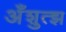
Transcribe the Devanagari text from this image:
अँशुत्झ